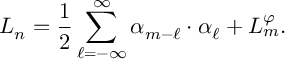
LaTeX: L _ { n } = { \frac { 1 } { 2 } } \sum _ { \ell = - \infty } ^ { \infty } \alpha _ { m - \ell } \cdot \alpha _ { \ell } + L _ { m } ^ { \varphi } .